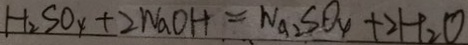
H _ { 2 } S O _ { 4 } + 2 N a O H = N a _ { 2 } S O _ { 4 } + 2 H _ { 2 } O